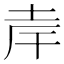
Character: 𪣄